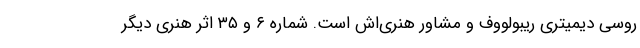
روسی دیمیتری ریبولووف و مشاور هنری‌اش است. شماره ۶ و ۳۵ اثر هنری دیگر